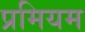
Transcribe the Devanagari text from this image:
प्रमियम